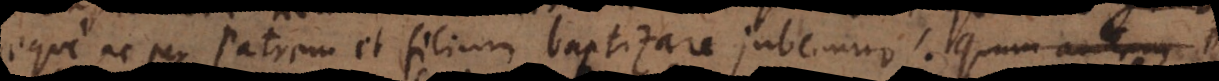
aeque ac per Patrem et filium baptizare jubemur. Quum autem